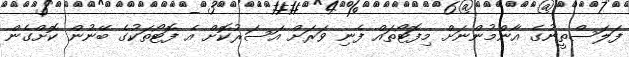
ފަލަސްތީނުގެ އާންމުންނަށް މިފޮޓޯތައް ފެނި ވަރަށް އަސަރުކޮށް އެ ފޮޓޯތަކުގެ ބޭނުން ކޮށްގެން